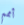
أممم